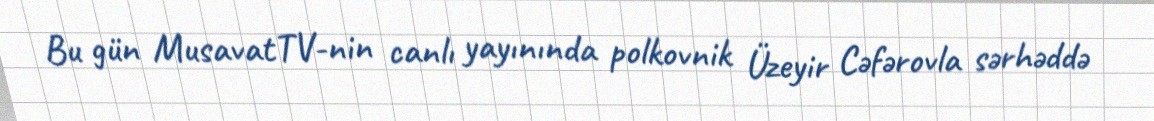
Bu gün MusavatTV-nin canlı yayınında polkovnik Üzeyir Cəfərovla sərhəddə